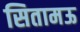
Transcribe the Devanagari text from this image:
सितामऊ